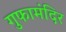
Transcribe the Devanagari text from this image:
गुफामंदिर